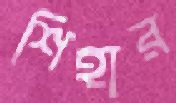
শিহার